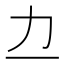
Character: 𫦤